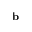
\mathbf { b }